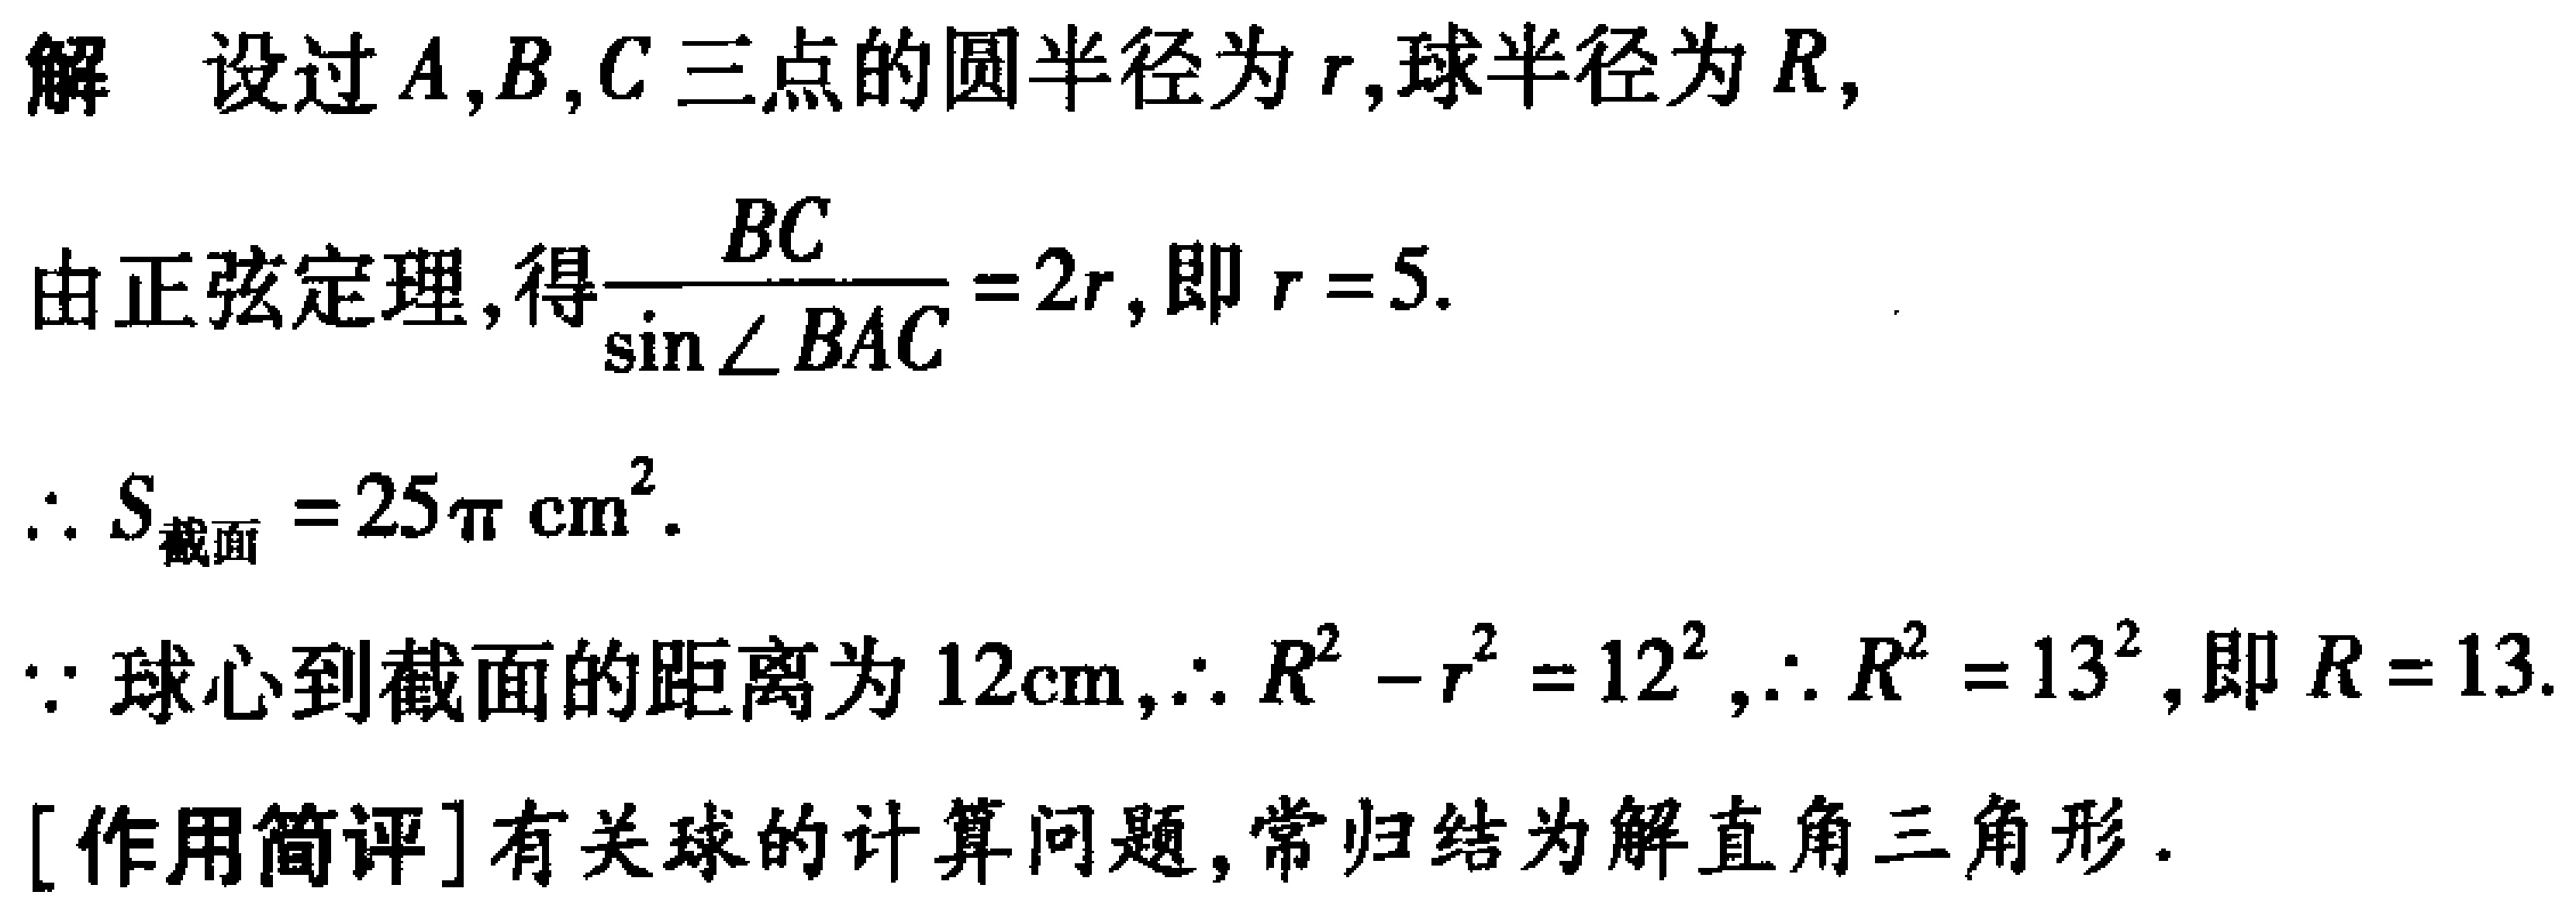
解 设过\(A,B,C\)三点的圆半径为\(r\),球半径为\(R\),
由正弦定理,得\(\frac{BC}{\sin\angle BAC}=2r\),即\(r = 5\).
\(\therefore S_{截面}=25\pi\ \text{cm}^2\).
\(\because\)球心到截面的距离为\(12\text{cm}\),\(\therefore R^{2}-r^{2}=12^{2}\),\(\therefore R^{2}=13^{2}\),即\(R = 13\).
[作用简评]有关球的计算问题,常归结为解直角三角形.